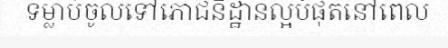
ទម្លាប់ចូលទៅភោជនីដ្ឋានល្អបំផុតនៅពេល